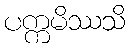
ပက္ကမိဿသိ